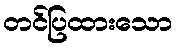
တင်ပြထားသော